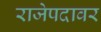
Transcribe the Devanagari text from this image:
राजेपदावर